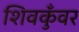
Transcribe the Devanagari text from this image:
शिवकुँवर